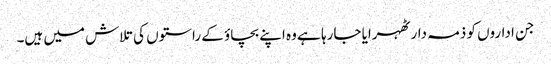
جن اداروں کو ذمہ دار ٹھہرایا جارہا ہے وہ اپنے بچاؤ کے راستوں کی تلاش میں ہیں۔